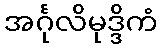
အင်္ဂုလိမုဒ္ဒိကံ